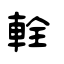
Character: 輇